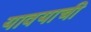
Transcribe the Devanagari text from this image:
यावयाची